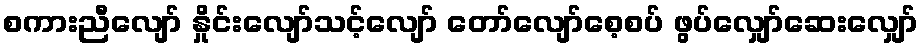
စကားညီလျော် နှိုင်းလျော်သင့်လျော် တော်လျော်စေ့စပ် ဖွပ်လျှော်ဆေးလျှော်